Annual report on the working of the lock hospitals in the North-Western Provinces and Oudh
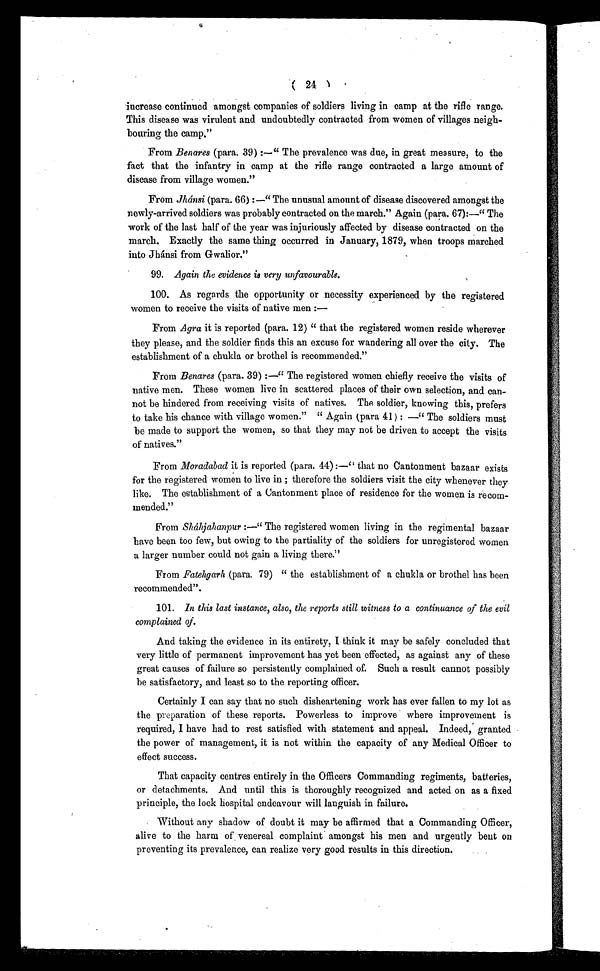
( 24 )
increase continued amongst companies of soldiers living in camp at the rifle range.
This disease was virulent and undoubtedly contracted from women of villages neigh
-
bouring the camp."
From Benares (para. 39) :—" The prevalence was due, in great measure, to the
fact that the infantry in camp at the rifle range contracted a large amount of
disease from village women."
From Jhánsi (para. 66) :—" The unusual amount of disease discovered amongst the
newly-arrived soldiers was probably contracted on the march." Again (para. 67):—" The
work of the last half of the year was injuriously affected by disease contracted on the
march. Exactly the same thing occurred in January, 1879, when troops marched
into Jhánsi from Gwalior."
9 9 .
A g a i n t h e e v i d e n c e i s v e r y u n f a v o u r a b l e .
100. As regards the opportunity or necessity experienced by the registered
women to receive the visits of native men :
—
From Agra it is reported (para. 12) " that the registered women reside wherever
they please, and the soldier finds this an excuse for wandering all over the city. The
establishment of a chukla or brothel is recommended."
From Benares (para. 39) :—" The registered women chiefly receive the visits of
native men. These women live in scattered places of their own selection, and can
-
not be hindered from receiving visits of natives. The soldier, knowing this, prefers
to take his chance with village women." " Again (para 41) : —" The soldiers must
be made to support the women, so that they may not be driven to accept the visits
of natives."
From Moradabad it is reported (para. 44) :—" that no Cantonment bazaar exists
for the registered women to live in ; therefore the soldiers visit the city whenever they
like. The establishment of a Cantonment place of residence for the women is recom
-
mended."
From Sháhjahanpur :—"The registered women living in the regimental bazaar
have been too few, but owing to the partiality of the soldiers for unregistered women
a larger number could not gain a living there."
From Fatehgarh (para. 79) " the establishment of a chukla or brothel has been
recommended".
101.
In this last instance, also, the reports still witness to a continuance of the evil
complained of.
And taking the evidence in its entirety, I think it may be safely concluded that
very little of permanent improvement has yet been effected, as against any of these
great causes of failure so persistently complained of. Such a result cannot possibly
be satisfactory, and least so to the reporting officer.
Certainly I can say that no such disheartening work has ever fallen to my lot as
the preparation of these reports. Powerless to improve where improvement is
required, I have had to rest satisfied with statement and appeal. Indeed, granted
the power of management, it is not within the capacity of any Medical Officer to
effect success.
That capacity centres entirely in the Officers Commanding regiments, batteries,
or detachments. And until this is thoroughly recognized and acted on as a fixed
principle, the lock hospital endeavour will languish in failure.
Without any shadow of doubt it may be affirmed that a Commanding Officer,
alive to the harm of venereal complaint amongst his men and urgently bent on
preventing its prevalence, can realize very good results in this direction.